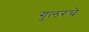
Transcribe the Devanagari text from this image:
गुलरचे